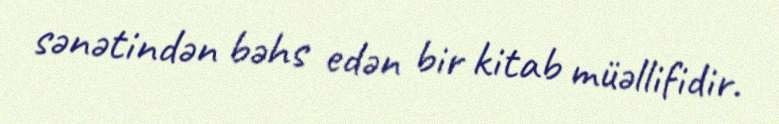
sənətindən bəhs edən bir kitab müəllifidir.